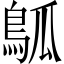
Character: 𬷊